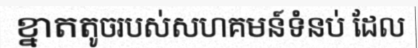
ខ្នាតតូចរបស់សហគមន៍ទំនប់ ដែល